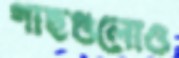
গাছগুলোও